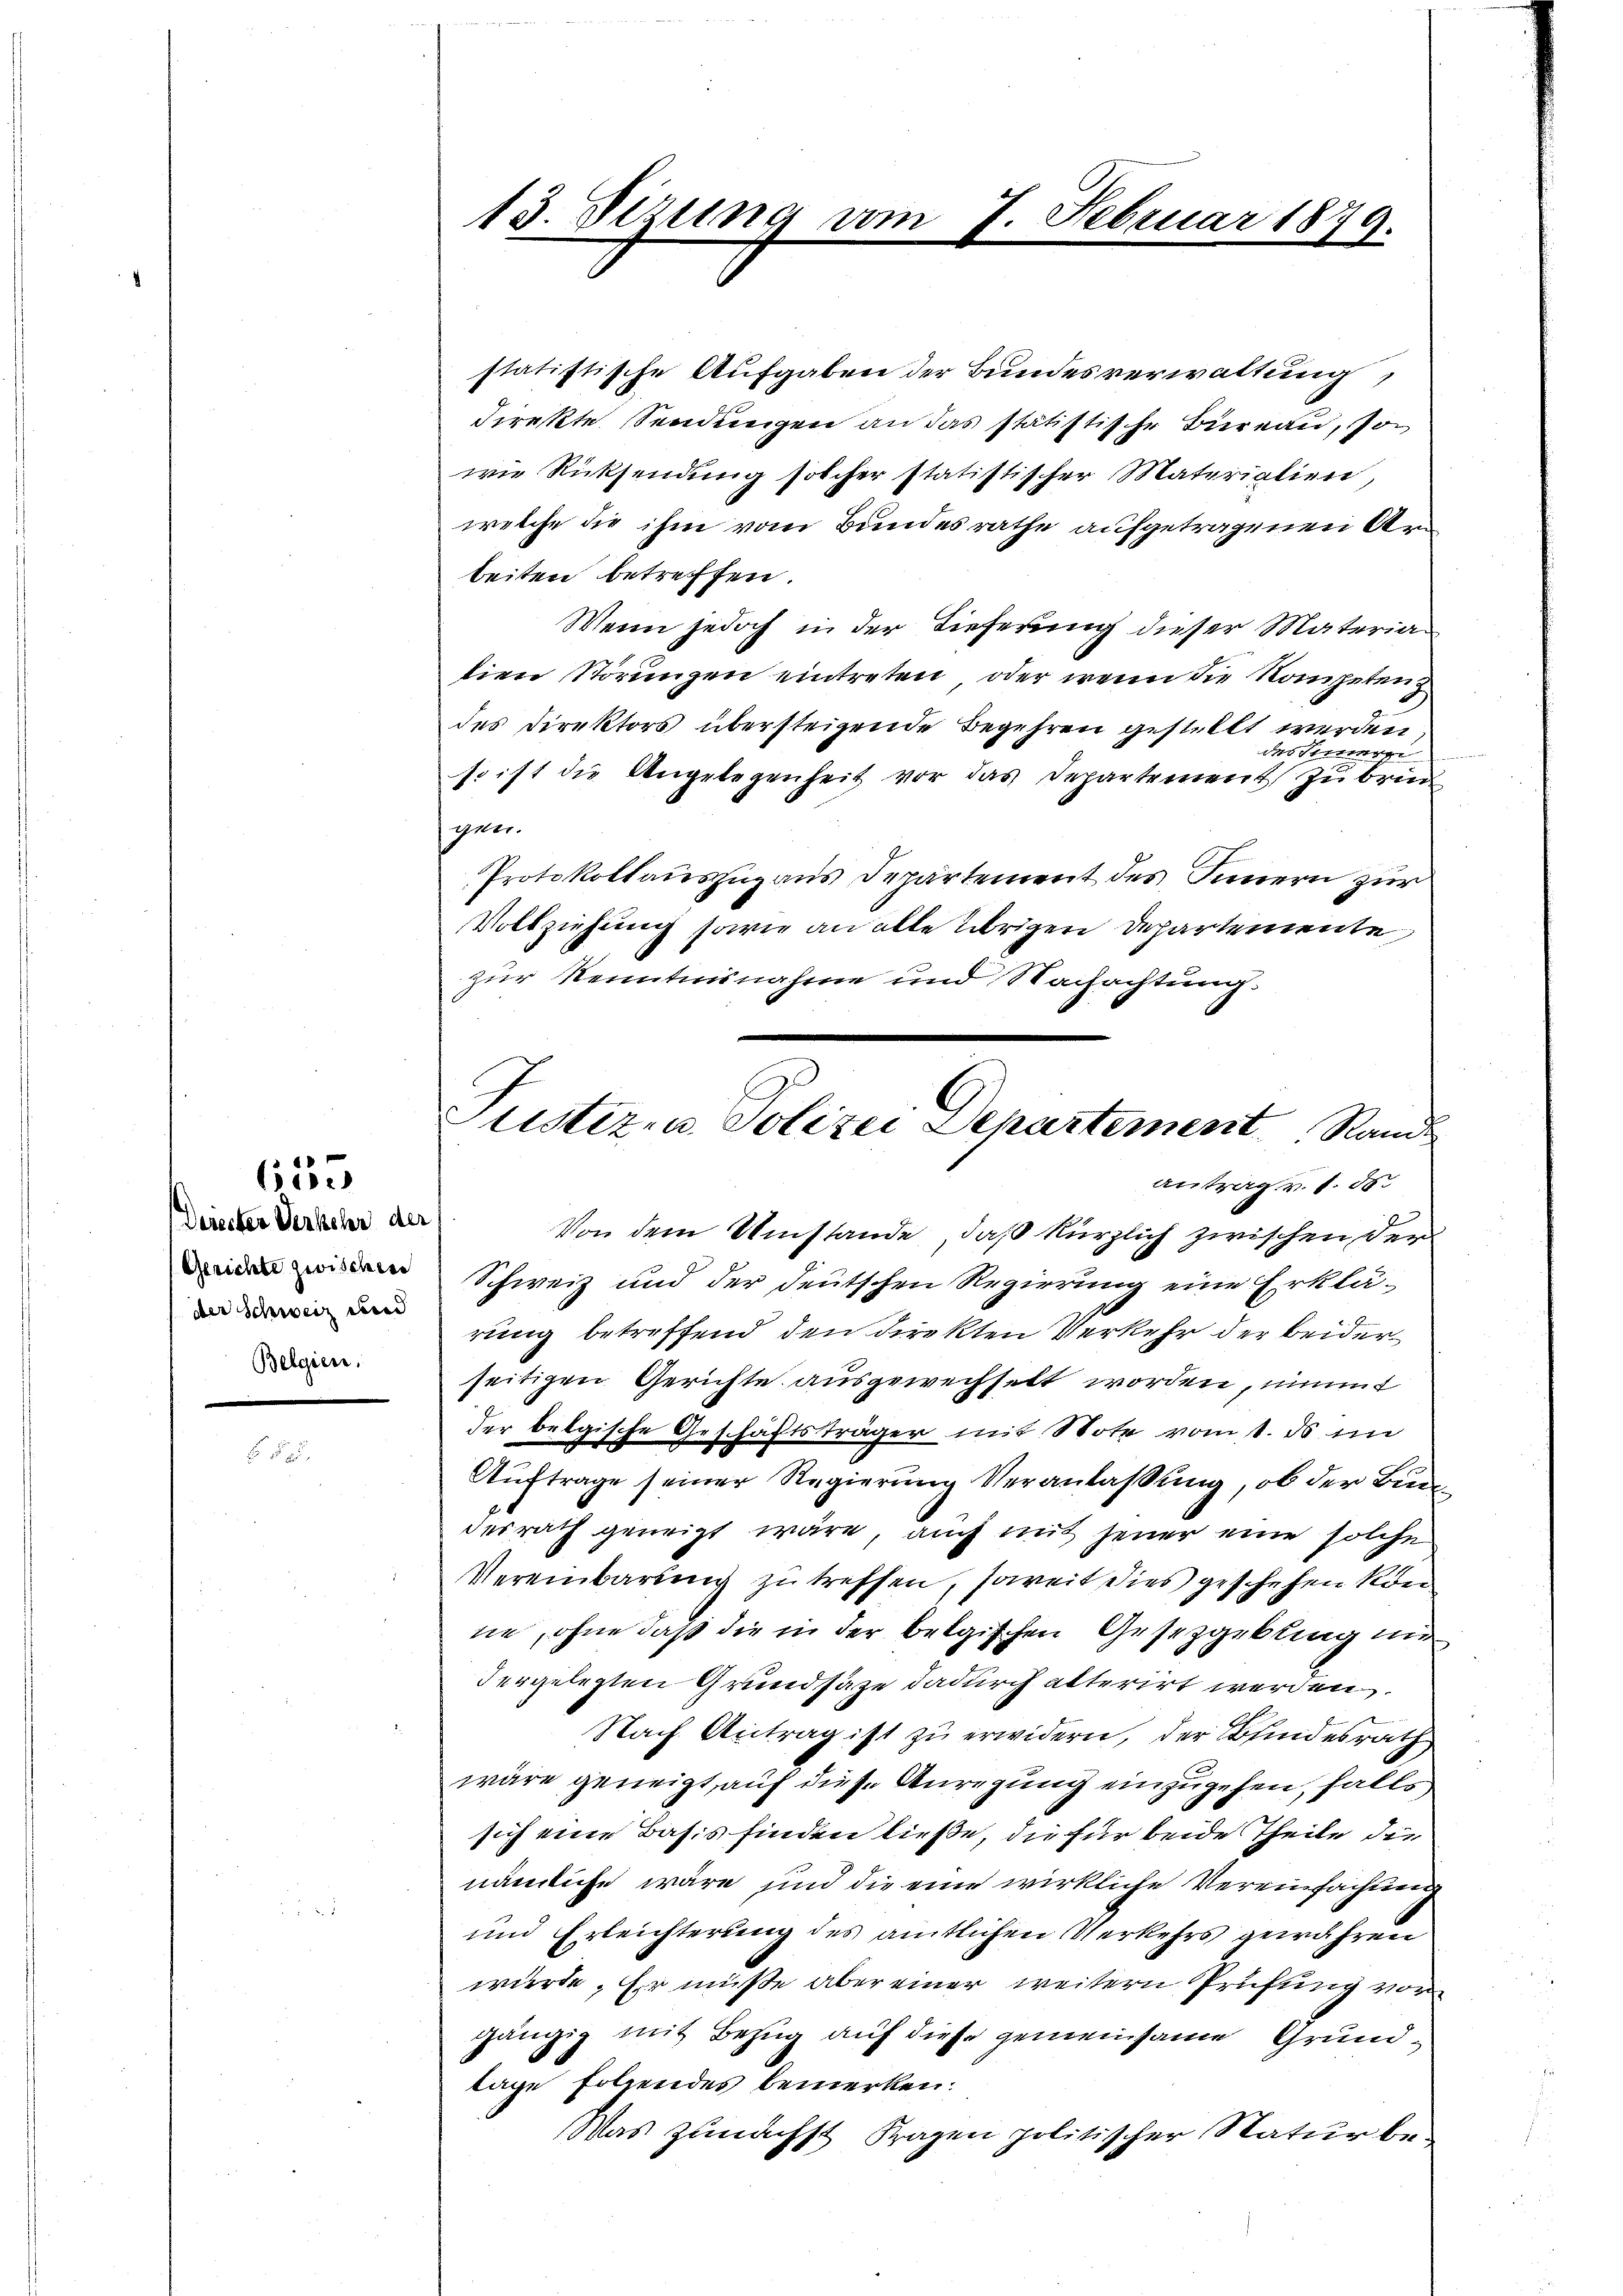
635

Directer Verkehr der
Gerichte zwischen
der Schweiz und
Belgien.

13. Sirung

79

7. Februar 1879.

statistische Aufgaben der Bundesverwaltung,
direkte Sendungen an das statistische Büreau, so
wie Rücksendung solcher statistischer Materialien,
welche die ihm vom Bundesrathe aufgetragenen Arbeiten betreffen.
Wenn jedoch in der Tieferung dieser Materiatien Störungen eintreten, oder wenn die Kompeten z
des Direktors übersteigende Begehren gestellt werden
des Inner
so ist die Angelegenheit vor das Departement zu brin
gen.
Protokollauszug aus Departement des Innern zur
Vollziehung sowie an alte übrigen Departemente
zur Kenntnisnahme und Nachachtung.

Justiz- u Polizei Departement Rand
antrag v. 1. d.

Von dem Umstande, daß kürzlich zwischen der
Schweiz und der deutschen Regierung eine Erklärung betreffend den direkten Verkehr der beider
seitigen Gerichte ausgewechselt worden, nimmt
der belgische Geschäftsträger mit Note vom 1. ds in
Auftrage seiner Regierung Veranlassung, ob der Burg
derrath geneigt wäre, auch mit jener eine solche
Vereinbarung zu treffen, soweit dies geschehen kon
ne, ohne daß die in der belgischen Gesetzgebung ni
dergelegten Grundsaze dadurch alterirt werden.
Nach Antrag ist zu erwidern, der Bundesrath
wäre geneigt, auf diese Anregung einzugehen, falls
sich eine Basis finden ließe, die für beide Theile die
nämliche wäre und die eine wirkliche Vereinfachtung
und Erleichterung des amtlichen Verkehrs gewähren
würde. Er müße aber einer weitern Prüfung vor
gängig mit Bezug auf diese gemeinsame Grundlage Folgendes bemerken:
Was zunächst Fragen politischer Natur be-